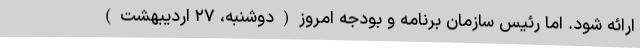
ارائه شود. اما رئیس سازمان برنامه و بودجه امروز(دوشنبه، ۲۷ اردیبهشت)